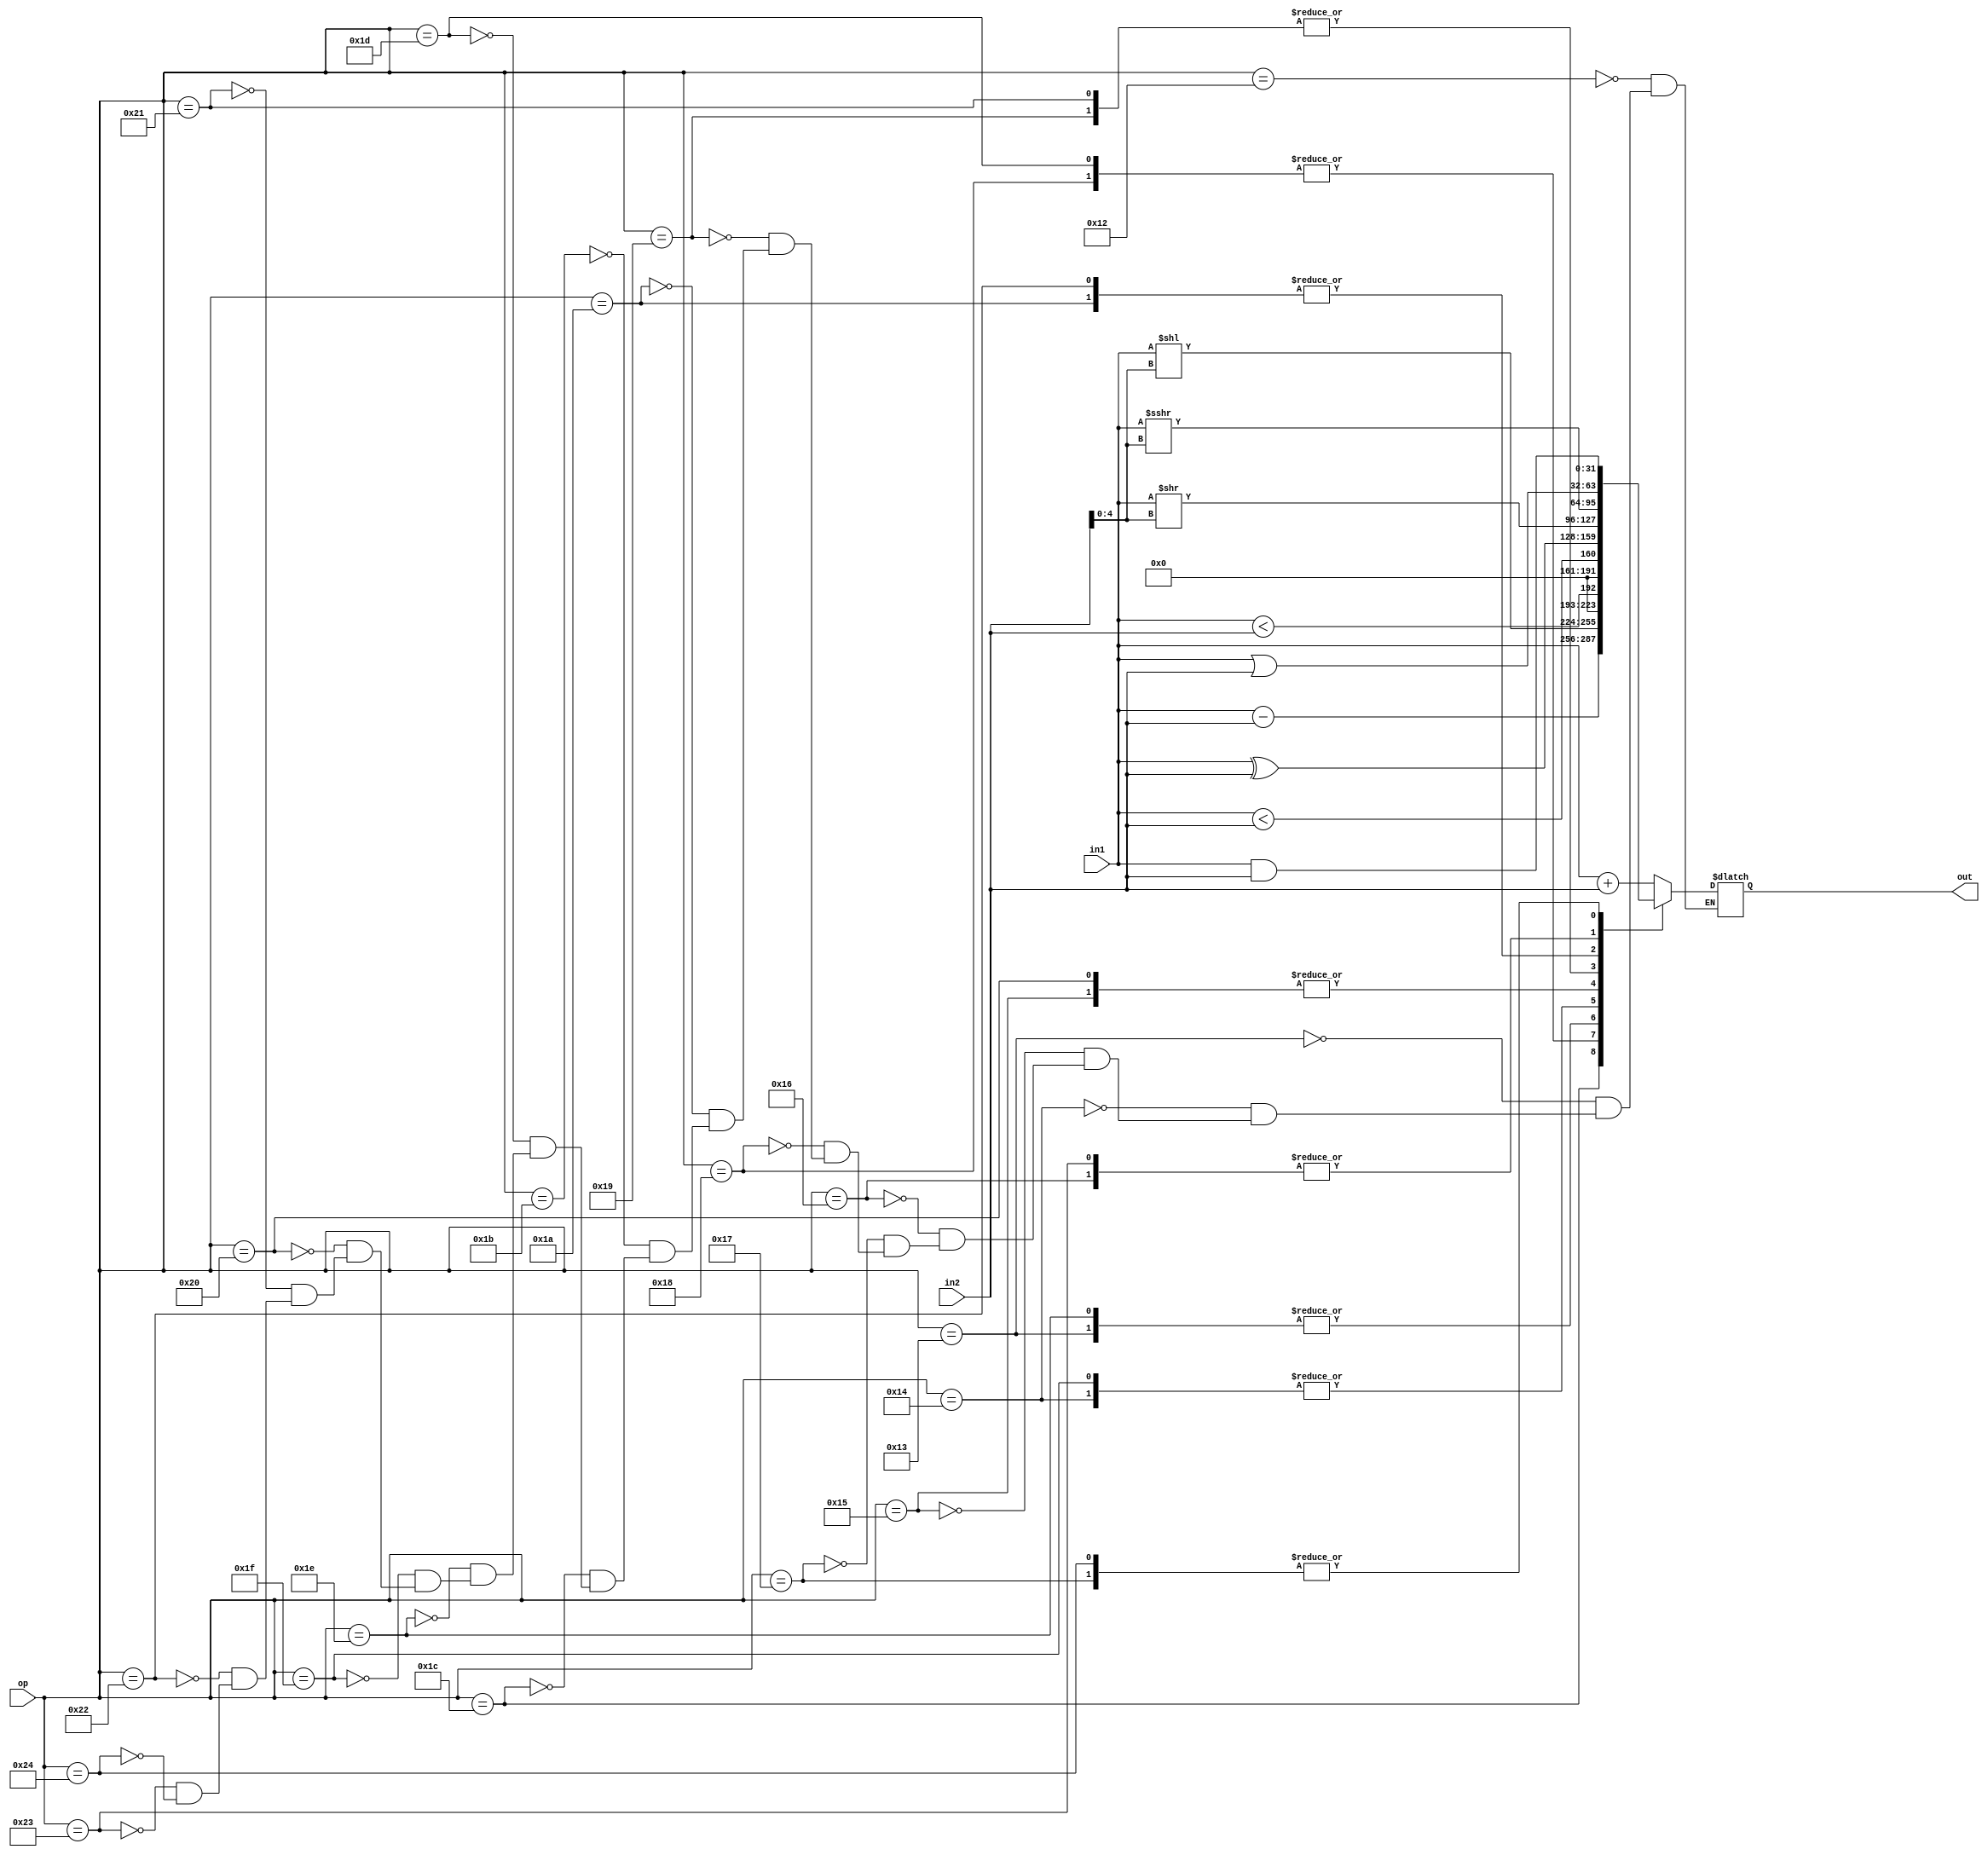
module alu(
    input [31:0] in1,
    input [31:0] in2,
    input [5:0] op,
    output reg [31:0] out
    // output zero
    );

	 always @(*) begin

        case(op)
            // 18-26 are opcodes corresponding to immediate instr.
			18 : out <= in1 + in2;
            19 : out <= $signed(in1) < $signed(in2) ; //in all cases (slt, slti, etc) the result(1'b0/1'b1)
            20 : out <= in1 < in2;                    //will automatically be bit extended to 32 bits
			21 : out <= in1 ^ in2;
			22 : out <= in1 | in2;
			23 : out <= in1 & in2;
			24 : out <= in1 << in2[4:0];
			25 : out <= in1 >> in2[4:0];
			26 : out <= $signed(in1) >>> in2[4:0];
            // 27-36 are opcodes corresponding to reg-reg instr.
			27 : out <= in1 + in2;
			28 : out <= in1 - in2;
			29 : out <= in1 << in2[4:0];
			30 : out <= $signed(in1) < $signed(in2);
			31 : out <= in1 < in2;
			32 : out <= in1 ^ in2;
			33 : out <= in1 >> in2[4:0];
			34 : out <= $signed(in1) >>> in2[4:0];
			35 : out <= in1 | in2;
			36 : out <= in1 & in2;
			endcase
    end
	// assign zero = (out == 0);
	// always @(*) begin
	// 	case (alucon)
	// 		0 : out <= in1 + in2; //ADD
	// 		8 : out <= in1 - in2; //SUB
	// 		1 : out <= in1 << in2[4:0]; //SLL
	// 		2 : out <= {{31{1'b0}}, ($signed(in1) < $signed(in2))}; //SLT
	// 		3 : out <= {{31{1'b0}}, (in1 < in2)}; //SLTU
	// 		4 : out <= in1 ^ in2; //XOR
	// 		5 : out <= in1 >> in2[4:0]; //SRL
	// 		13 : out <= $signed(in1) >>> in2[4:0]; //SRA
	// 		6 : out <= in1 | in2; //OR
	// 		7 : out <= in1 & in2; //AND
	// 		default: out <= 32'h00000000;
	// 	endcase
	// 	end
endmodule